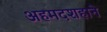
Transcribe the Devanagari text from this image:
अहमदशहाने